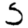
Digit: 5